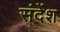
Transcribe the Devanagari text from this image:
संदेंश